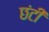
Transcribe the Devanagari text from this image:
छंटी